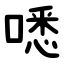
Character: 㗭